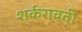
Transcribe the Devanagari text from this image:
शर्करावती